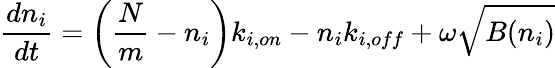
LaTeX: \frac{dn_{i}}{dt}=\left(\frac{N}{m}-n_{i}\right)k_{i,on}-n_{i}k_{i,off}+\omega\sqrt{B(n_{i})}